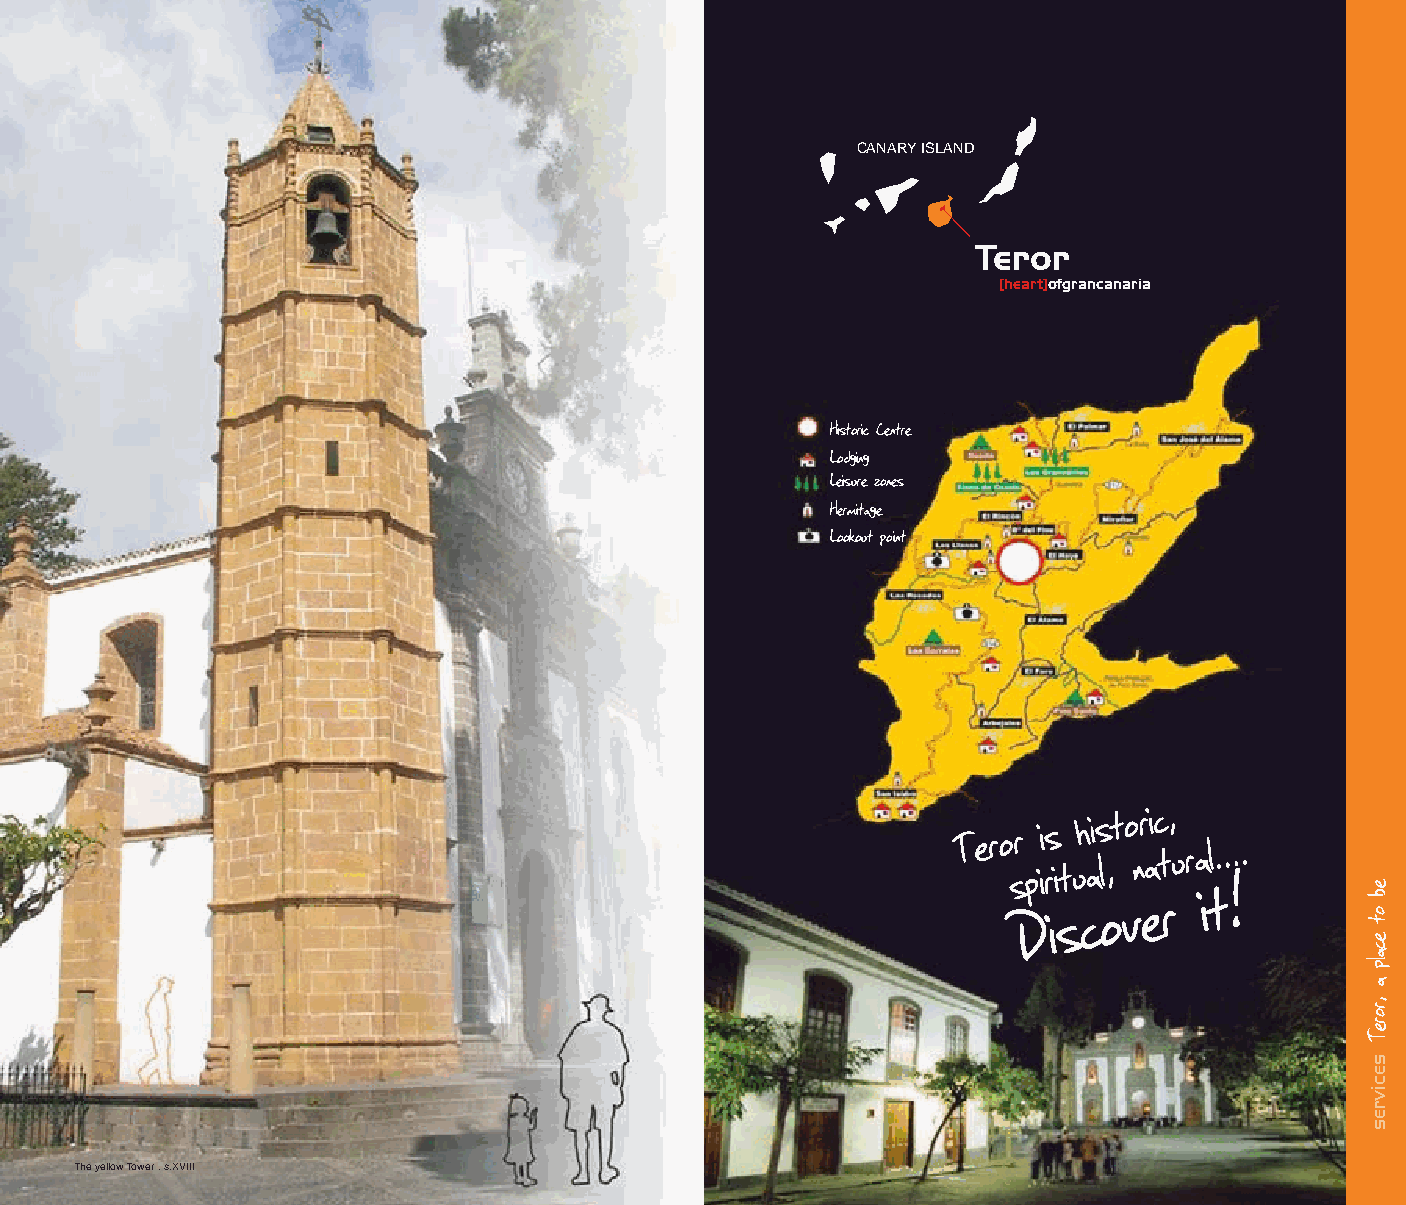
CANARYISLAND
 Teror
 [heart]ofgrancanaria
 Historic Centre
 Lodging
 Leisure zones
 Hermitage
 Lookout point
 T e r o sr pii rs
 it
 uh ais l,t o nr aic t, u r al. . . .
 D i s c o v e r i t !
 The yellow Tower . s.XVIII
 eb
 ot
 ecalp
 a
 ,roreT
 secivres